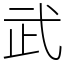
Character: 武